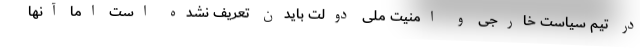
در تیم سیاست خارجی و امنیت ملی دولت بایدن تعریف نشده است اما آنها